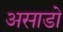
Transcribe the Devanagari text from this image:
असाडो